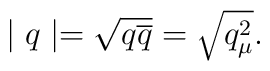
\mid q\mid =\sqrt{q\overline{q}}=\sqrt{q_\mu ^2}.